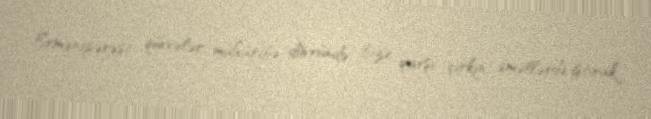
Ermənipərəst qüvvələr, müharibə dövründə bizə qarşı çirkin əməllərdə iştirak